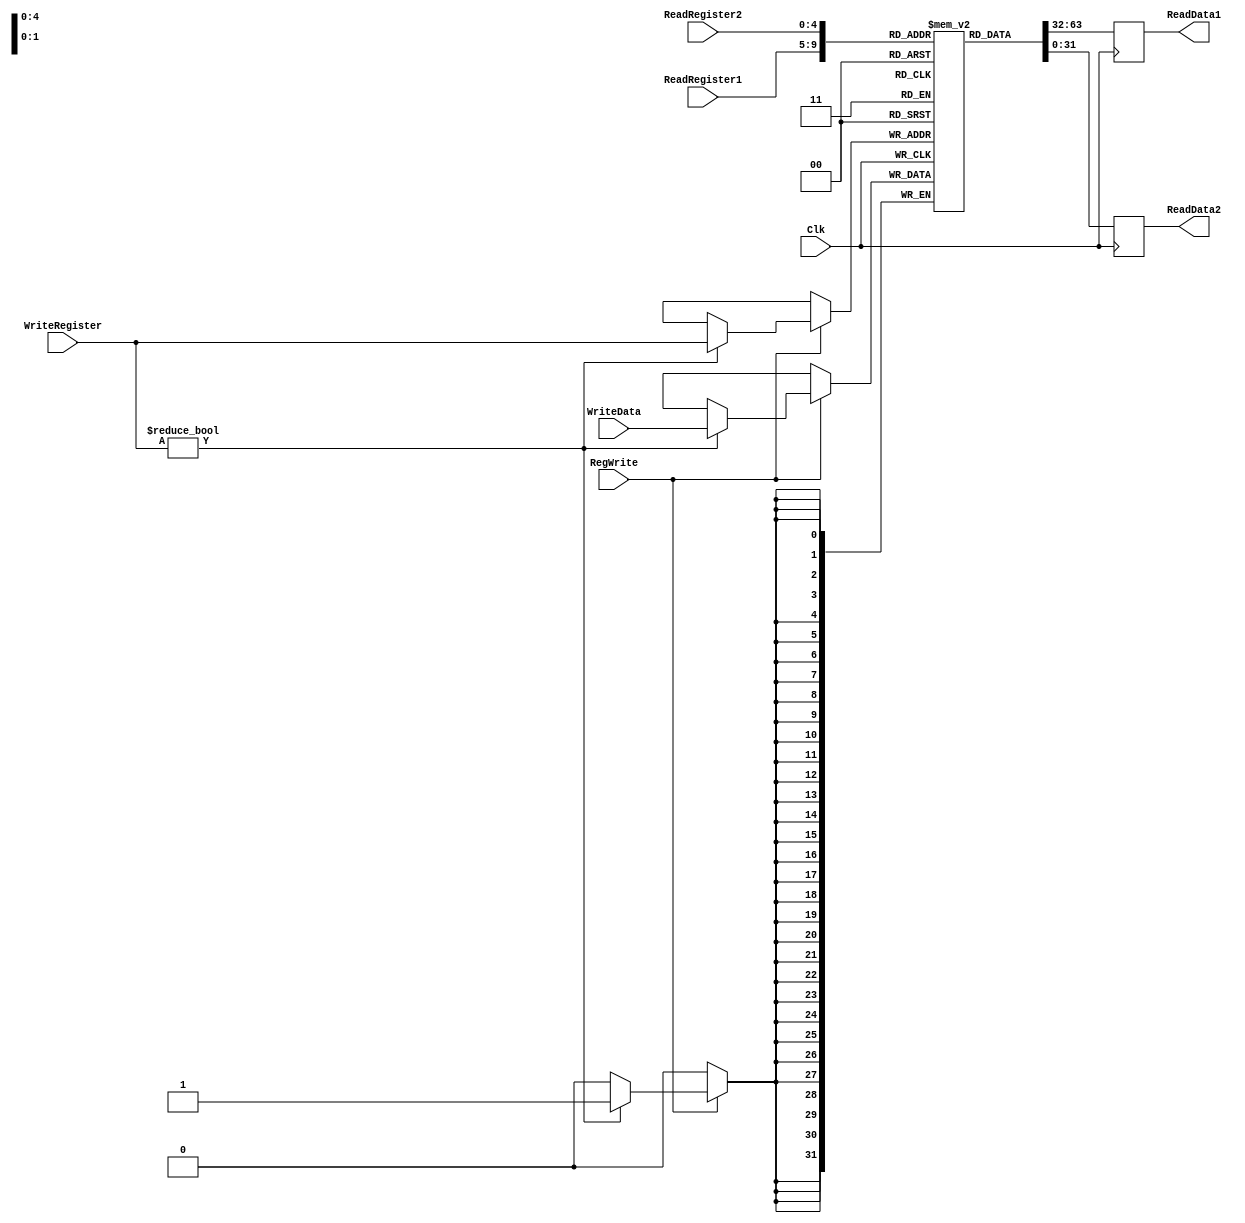
`timescale 1ns / 1ps
////////////////////////////////////////////////////////////////////////////////
// Company: University of Arizona
// 
// Implemented in ECE369
////////////////////////////////////////////////////////////////////////////////

module RegisterFile(ReadRegister1, ReadRegister2, WriteRegister, WriteData, RegWrite, Clk, ReadData1, ReadData2);

	/* Please fill in the implementation here... */
	input [4:0] ReadRegister1;
	input [4:0] ReadRegister2;
	input [4:0] WriteRegister;
	input [31:0] WriteData;
	input RegWrite;
	input Clk;
	output reg [31:0] ReadData1;
	output reg [31:0] ReadData2;
	
	reg [31:0] registerFile [0:31];
	
	integer i;
	initial begin
	   for(i = 0; i < 32; i = i + 1) begin
	       registerFile[i] = 32'h00000000;
	   end
	end
	
	always @(posedge Clk) begin
        if(RegWrite == 1'b1) begin
            if(WriteRegister != 5'b00000) begin
                registerFile[WriteRegister] <= WriteData;
            end
	   end
	end
	
	always @(negedge Clk) begin
	   ReadData1 <= registerFile[ReadRegister1];
	   ReadData2 <= registerFile[ReadRegister2];
	end

endmodule